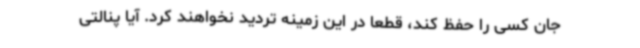
جان کسی را حفظ کند، قطعا در این زمینه تردید نخواهند کرد. آیا پنالتی